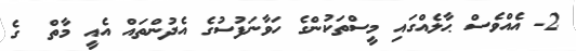
2- އެއްވެސް ޙާލެއްގައި މީސްތަކުންގެ ހަވާނަފުސުގެ އެދުންތައް އެއީ މާތް  ގެ